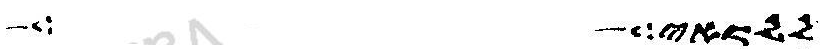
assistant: לואי תמלל